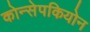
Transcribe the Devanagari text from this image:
कोन्सेपकियोन